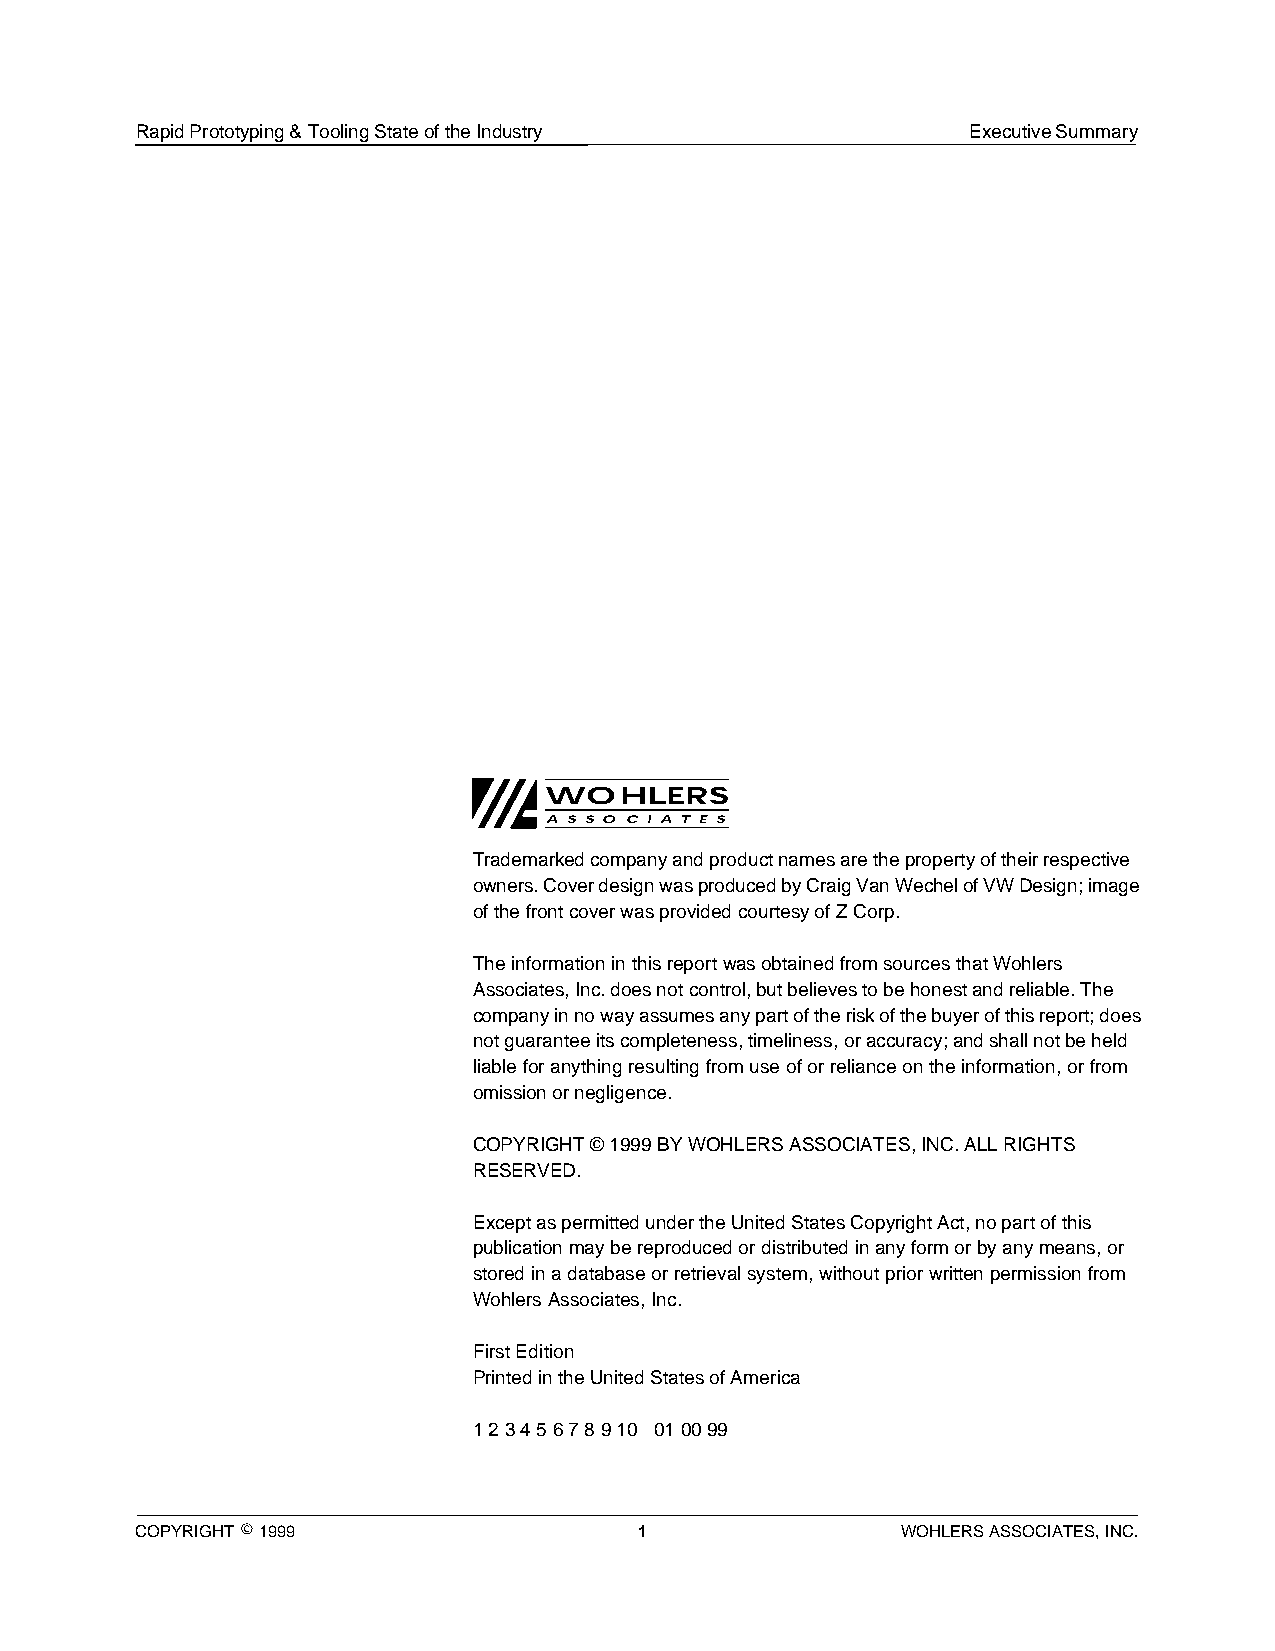
Rapid Prototyping & Tooling State of the Industry      Executive Summary
 WOHLERS
 A S S O C I A T E S
 Trademarked company and product names are the property of their respective
 owners. Cover design was produced by Craig Van Wechel of VW Design; image
 of the front cover was provided courtesy of Z Corp.
 The information in this report was obtained from sources that Wohlers
 Associates, Inc. does not control, but believes to be honest and reliable. The
 company in no way assumes any part of the risk of the buyer of this report; does
 not guarantee its completeness, timeliness, or accuracy; and shall not be held
 liable for anything resulting from use of or reliance on the information, or from
 omission or negligence.
 COPYRIGHT © 1999 BY WOHLERS ASSOCIATES, INC. ALL RIGHTS
 RESERVED.
 Except as permitted under the United States Copyright Act, no part of this
 publication may be reproduced or distributed in any form or by any means, or
 stored in a database or retrieval system, without prior written permission from
 Wohlers Associates, Inc.
 First Edition
 Printed in the United States of America
 1 2 3 4 5 6 7 8 9 10 01 00 99
 COPYRIGHT © 1999                 1                 WOHLERS ASSOCIATES, INC.